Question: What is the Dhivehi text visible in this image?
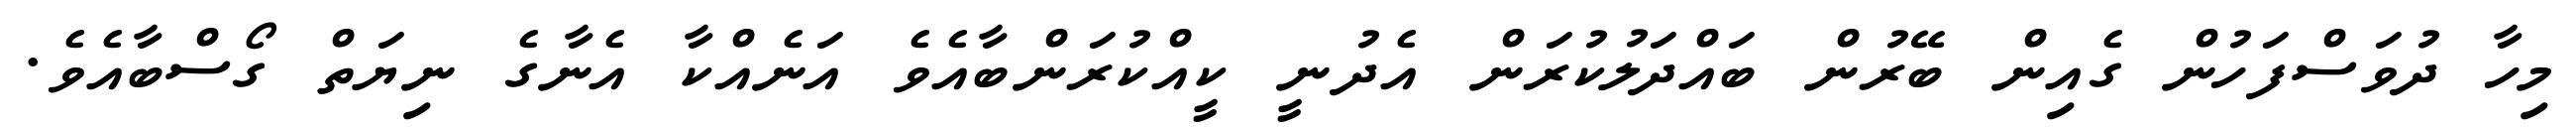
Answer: މިހާ ދުވަސްފަހުން ގެއިން ބޭރުން ބައްދަލުކުރަން އެދުނީ ކީއްކުރަންބާއެވެ އަނެއްކާ އެނާގެ ނިޔަތް ގޯސްބާއެވެ.